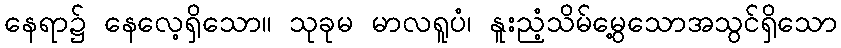
နေရာ၌ နေလေ့ရှိသော။ သုခုမ မာလရူပံ၊ နူးညံ့သိမ်မွေ့သောအသွင်ရှိသော